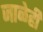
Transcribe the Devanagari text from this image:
जाळेही